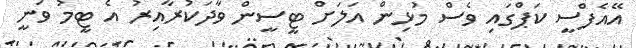
އޭއެފްސީ ކަޕްގައި ވެސް މުޅިން އަލަށް ޓީސީން ވާދަކުރާއިރު އެ ޓީމު ވަނީ